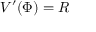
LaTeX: V ^ { \prime } ( \Phi ) = R